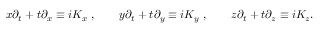
x \partial _ { t } + t \partial _ { x } \equiv i K _ { x } ~ , \qquad y \partial _ { t } + t \partial _ { y } \equiv i K _ { y } ~ , \qquad z \partial _ { t } + t \partial _ { z } \equiv i K _ { z } .